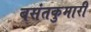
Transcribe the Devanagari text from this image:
बसंतकुमारी